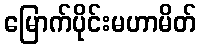
မြောက်ပိုင်းမဟာမိတ်